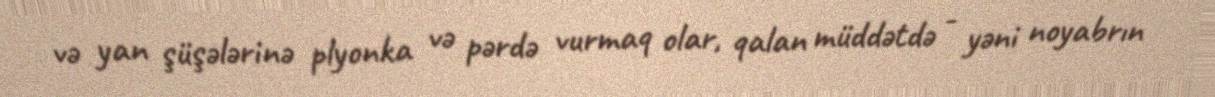
və yan şüşələrinə plyonka və pərdə vurmaq olar, qalan müddətdə - yəni noyabrın